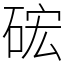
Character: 硡